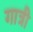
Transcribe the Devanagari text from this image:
गात्री